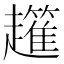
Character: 𧾟